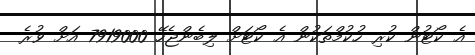
އެ ކޯޓުން ކުރި ހުކުމްތަކުން އެ ކޯޓަށް ލިބެންޖެހޭ 7919000 އަށް ވުރެ